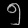
Digit: ၅